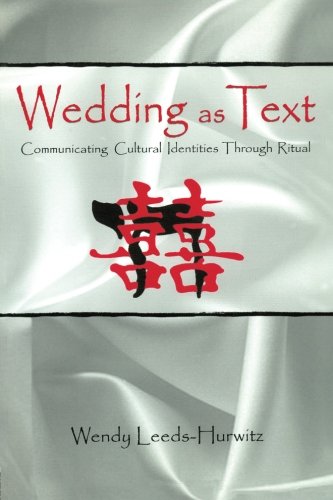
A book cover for Wedding as Text: Communicating Cultural Identities Through Ritual (Routledge Communication Series); Wendy Leeds-Hurwitz; Crafts, Hobbies & Home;